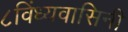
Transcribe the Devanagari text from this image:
८विंध्यवासिनी